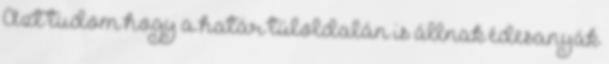
Azt tudom hogy a határ túloldalán is állnak édesanyák